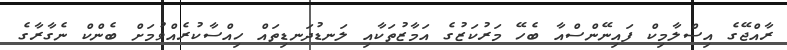
ރާއްޖޭގެ އިސްލާމިކް ފައިނޭންސްއާ ބެހޭ މަރުކަޒުގެ އަމާޒުތަކާއި ލަނޑުދަނޑިތައް ހިއްސާކުރެއްވުމަށް ބެންކް ނެގާރާގެ